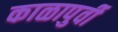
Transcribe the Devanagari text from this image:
काळापुर्वी